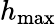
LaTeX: h_{\mathrm{max}}